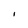
Character: i